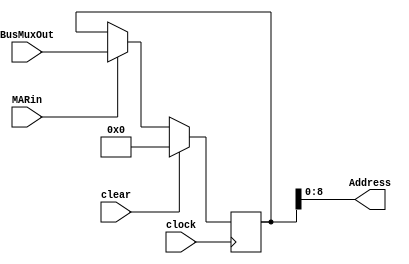
module MAR(input clock, input clear, input MARin, input [31:0] BusMuxOut, output [8:0] Address);

reg [31:0] q;  

	initial q = 0;
	
	always @ (posedge clock) 
		begin
			if(clear) begin
				q <= 32'b0;
			end
			else if(MARin) begin 
				q <= BusMuxOut;
			end
		end	
	 
	assign Address = q[8:0];
			
endmodule